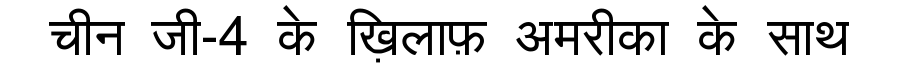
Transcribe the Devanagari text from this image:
चीन जी-4 के ख़िलाफ़ अमरीका के साथ